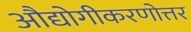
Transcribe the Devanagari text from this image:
औद्योगीकरणोत्तर